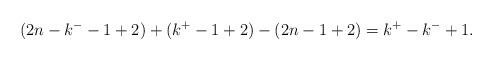
LaTeX: \begin{align*} (2n-k^--1 + 2) + (k^+ -1 + 2) - (2n-1 + 2) = k^+ - k^- + 1.\end{align*}